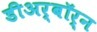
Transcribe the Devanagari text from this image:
डीअर्बॉर्न